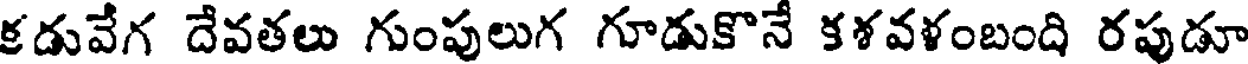
కడువేగ దేవతలు గుంపులుగ గూడుకొనే కళవళంబంది రపుడూ